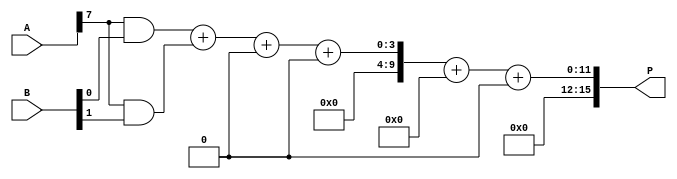
module wallace_tree_multiplier #(parameter N = 8) (
    input [N-1:0] A,
    input [N-1:0] B,
    output reg [2*N-1:0] P
);

    // Partial product generation
    wire [N-1:0] pp [N-1:0]; // Partial products array

    genvar i, j;
    generate
        for (i = 0; i < N; i = i + 1) begin : pp_gen
            for (j = 0; j < N; j = j + 1) begin : inner_pp
                assign pp[i][j] = A[i] & B[j]; // AND operation for partial product
            end
        end
    endgenerate
    
    // Wallace tree reduction
    wire [N + 1:0] sum [N-1:0]; // Sum wires to hold results of addition
    wire [N-1:0] carry [N-1:0]; // Carry wires

    // Initial stage: combine bits in groups of 2 or 3 using half and full adders
    generate
        for (i = 0; i < N; i = i + 1) begin : reduction_stage
            if (i == 0) begin
                // First stage: use half adders for the least significant bits
                assign sum[i] = pp[i][0] + pp[i][1];
                assign carry[i] = pp[i][0] & pp[i][1];
            end else if (i == 1) begin
                // Second stage: use full adder for the higher bits
                assign {carry[i], sum[i]} = pp[i][0] + pp[i][1] + carry[i-1];
            end else begin
                // General case: use full adders
                assign {carry[i], sum[i]} = pp[i][0] + pp[i][1] + (i < N - 1 ? pp[i][2] : 0) + carry[i-1];
            end
        end
    endgenerate

    // Final addition of the last stage
    wire [2*N-1:0] final_sum;
    wire final_carry;
    
    assign {final_carry, final_sum} = sum[N-1] + carry[N-1];

    // Output the product
    always @(*) begin
        P = final_sum + final_carry; // Final product assignment
    end

endmodule